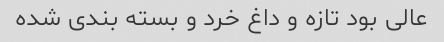
عالی بود تازه و داغ خرد و بسته بندی شده